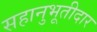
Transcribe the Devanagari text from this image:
सहानुभूतीदार